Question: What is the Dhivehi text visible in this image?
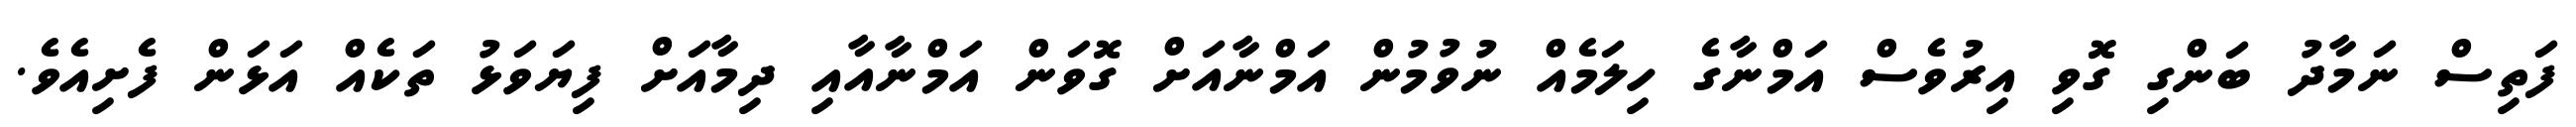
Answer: ފަތިސް ނަމާދު ބަންގި ގޮވި އިރުވެސް އަމްނާގެ ހިލަމެއް ނުވުމުން އަމްނާއަށް ގޮވަން އަމްނާއާއި ދިމާއަށް ފިޔަވަޅު ތަކެއް އަޅަން ފެށިއެވެ.